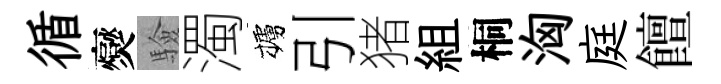
循爕驗濁櫨引猪組桐洶庭饘